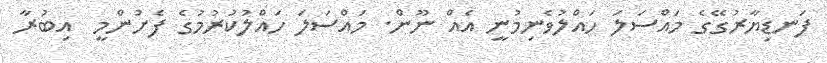
ފަނޑިޔާރުގޭގެ މައްސަލަ ހައްލުވެނިމުނީ އެއް ނޫން. މައްސަލަ ހައްލުކުރުމުގެ ފެށުންމީ  އިބުރާ